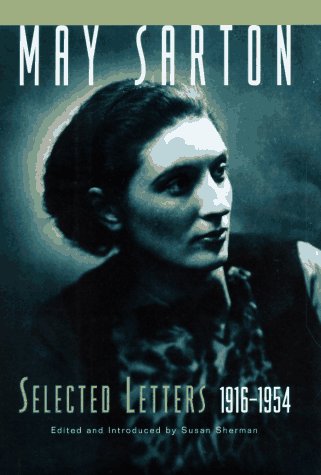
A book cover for May Sarton: Selected Letters, 1916-1954; May Sarton; Gay & Lesbian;